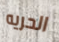
الحريه